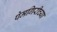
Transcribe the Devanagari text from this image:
पेमगिरीच्या